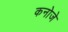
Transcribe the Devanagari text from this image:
कनोजे